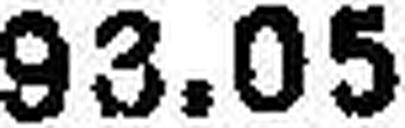
93.05